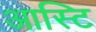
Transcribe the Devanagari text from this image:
आस्टि